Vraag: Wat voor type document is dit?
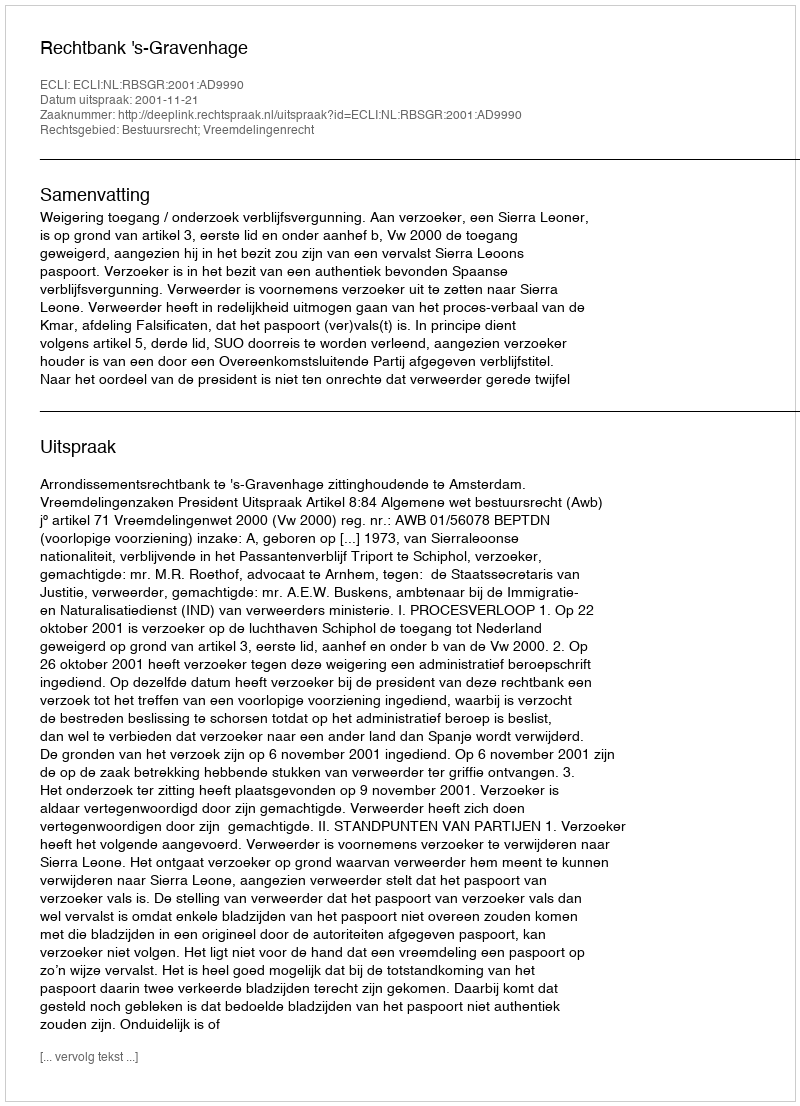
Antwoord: Uitspraak